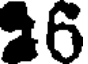
26